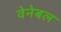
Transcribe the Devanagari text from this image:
वेनेबल